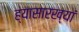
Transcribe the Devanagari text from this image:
ह्यासारख्यां